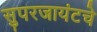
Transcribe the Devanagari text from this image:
सुपरजायंटचे